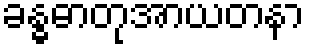
ခန္ဓဓာတုအာယတနာ